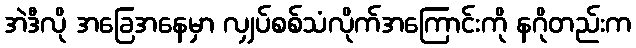
အဲဒီလို အခြေအနေမှာ လျှပ်စစ်သံလိုက်အကြောင်းကို နဂိုတည်းက